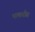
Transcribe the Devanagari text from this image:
भाकरीस